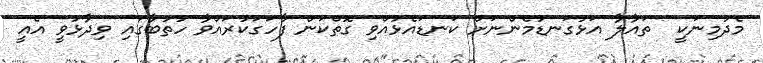
މެދުމިނަކީ  ތައާލާ އަޅުގަނޑުމެންނަށް ކަނޑައެޅުއްވި ގޮތްކަން ފާހަގަކުރައްވާ ހުތުބާގައި ވިދާޅުވީ އެއީ